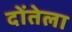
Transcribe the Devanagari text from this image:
दोंतेला